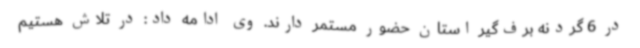
در 6 گردنه برف‌گیر استان حضور مستمر دارند. وی ادامه داد: در تلاش هستیم